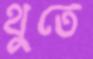
থুতে